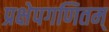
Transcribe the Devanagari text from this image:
प्रक्षेपगणितम्